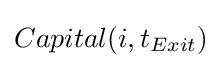
Capital(i,t_{Exit})